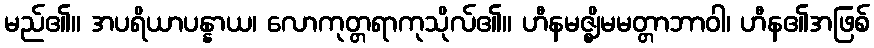
မည်၏။ အပရိယာပန္နာယ၊ လောကုတ္တရာကုသိုလ်၏။ ဟီနမဇ္ဈိမမတ္တာဘာဝါ၊ ဟီန၏အဖြစ်